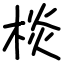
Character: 棪